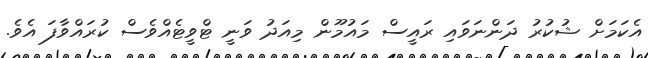
އެކަމަށް ޝުކުރު ދަންނަވައި ރައީސް މައުމޫން މިއަދު ވަނީ ޓްވީޓެއްވެސް ކުރައްވާފަ އެވެ.